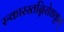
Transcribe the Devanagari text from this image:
रुकारस्तन्निरोधकृत्